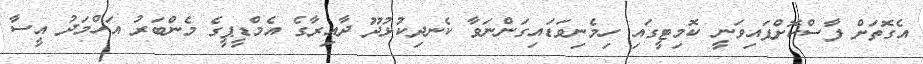
އެގޮތަށް ފާސްކޮށްފައިވަނީ ކޮމިޓީގައި ހިމެނިވަޑައިގަންނަވާ ކެނދިކުޅުދޫ ދާއިރާގެ އެމްޑީޕީގެ މެންބަރު އަހްމަދު އީސާ